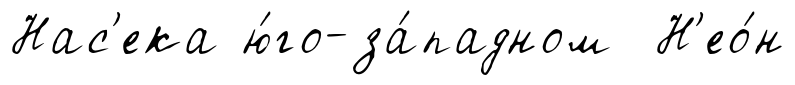
Нас'ека ю́го-за́падном Н'ео́н